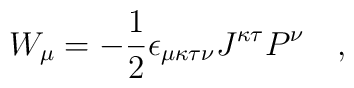
W_\mu = -{1\over 2}  \epsilon_{\mu\kappa\tau\nu} J^{\kappa\tau} P^\nu \quad,